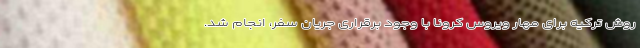
روش ترکیه برای مهار ویروس کرونا با وجود برقراری جریان سفر، انجام شد.